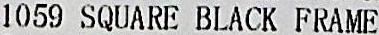
1059 SQUARE BLACK FRAME